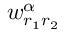
w _ { r _ { 1 } r _ { 2 } } ^ { \alpha }